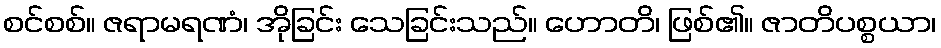
စင်စစ်။ ဇရာမရဏံ၊ အိုခြင်း သေခြင်းသည်။ ဟောတိ၊ ဖြစ်၏။ ဇာတိပစ္စယာ၊